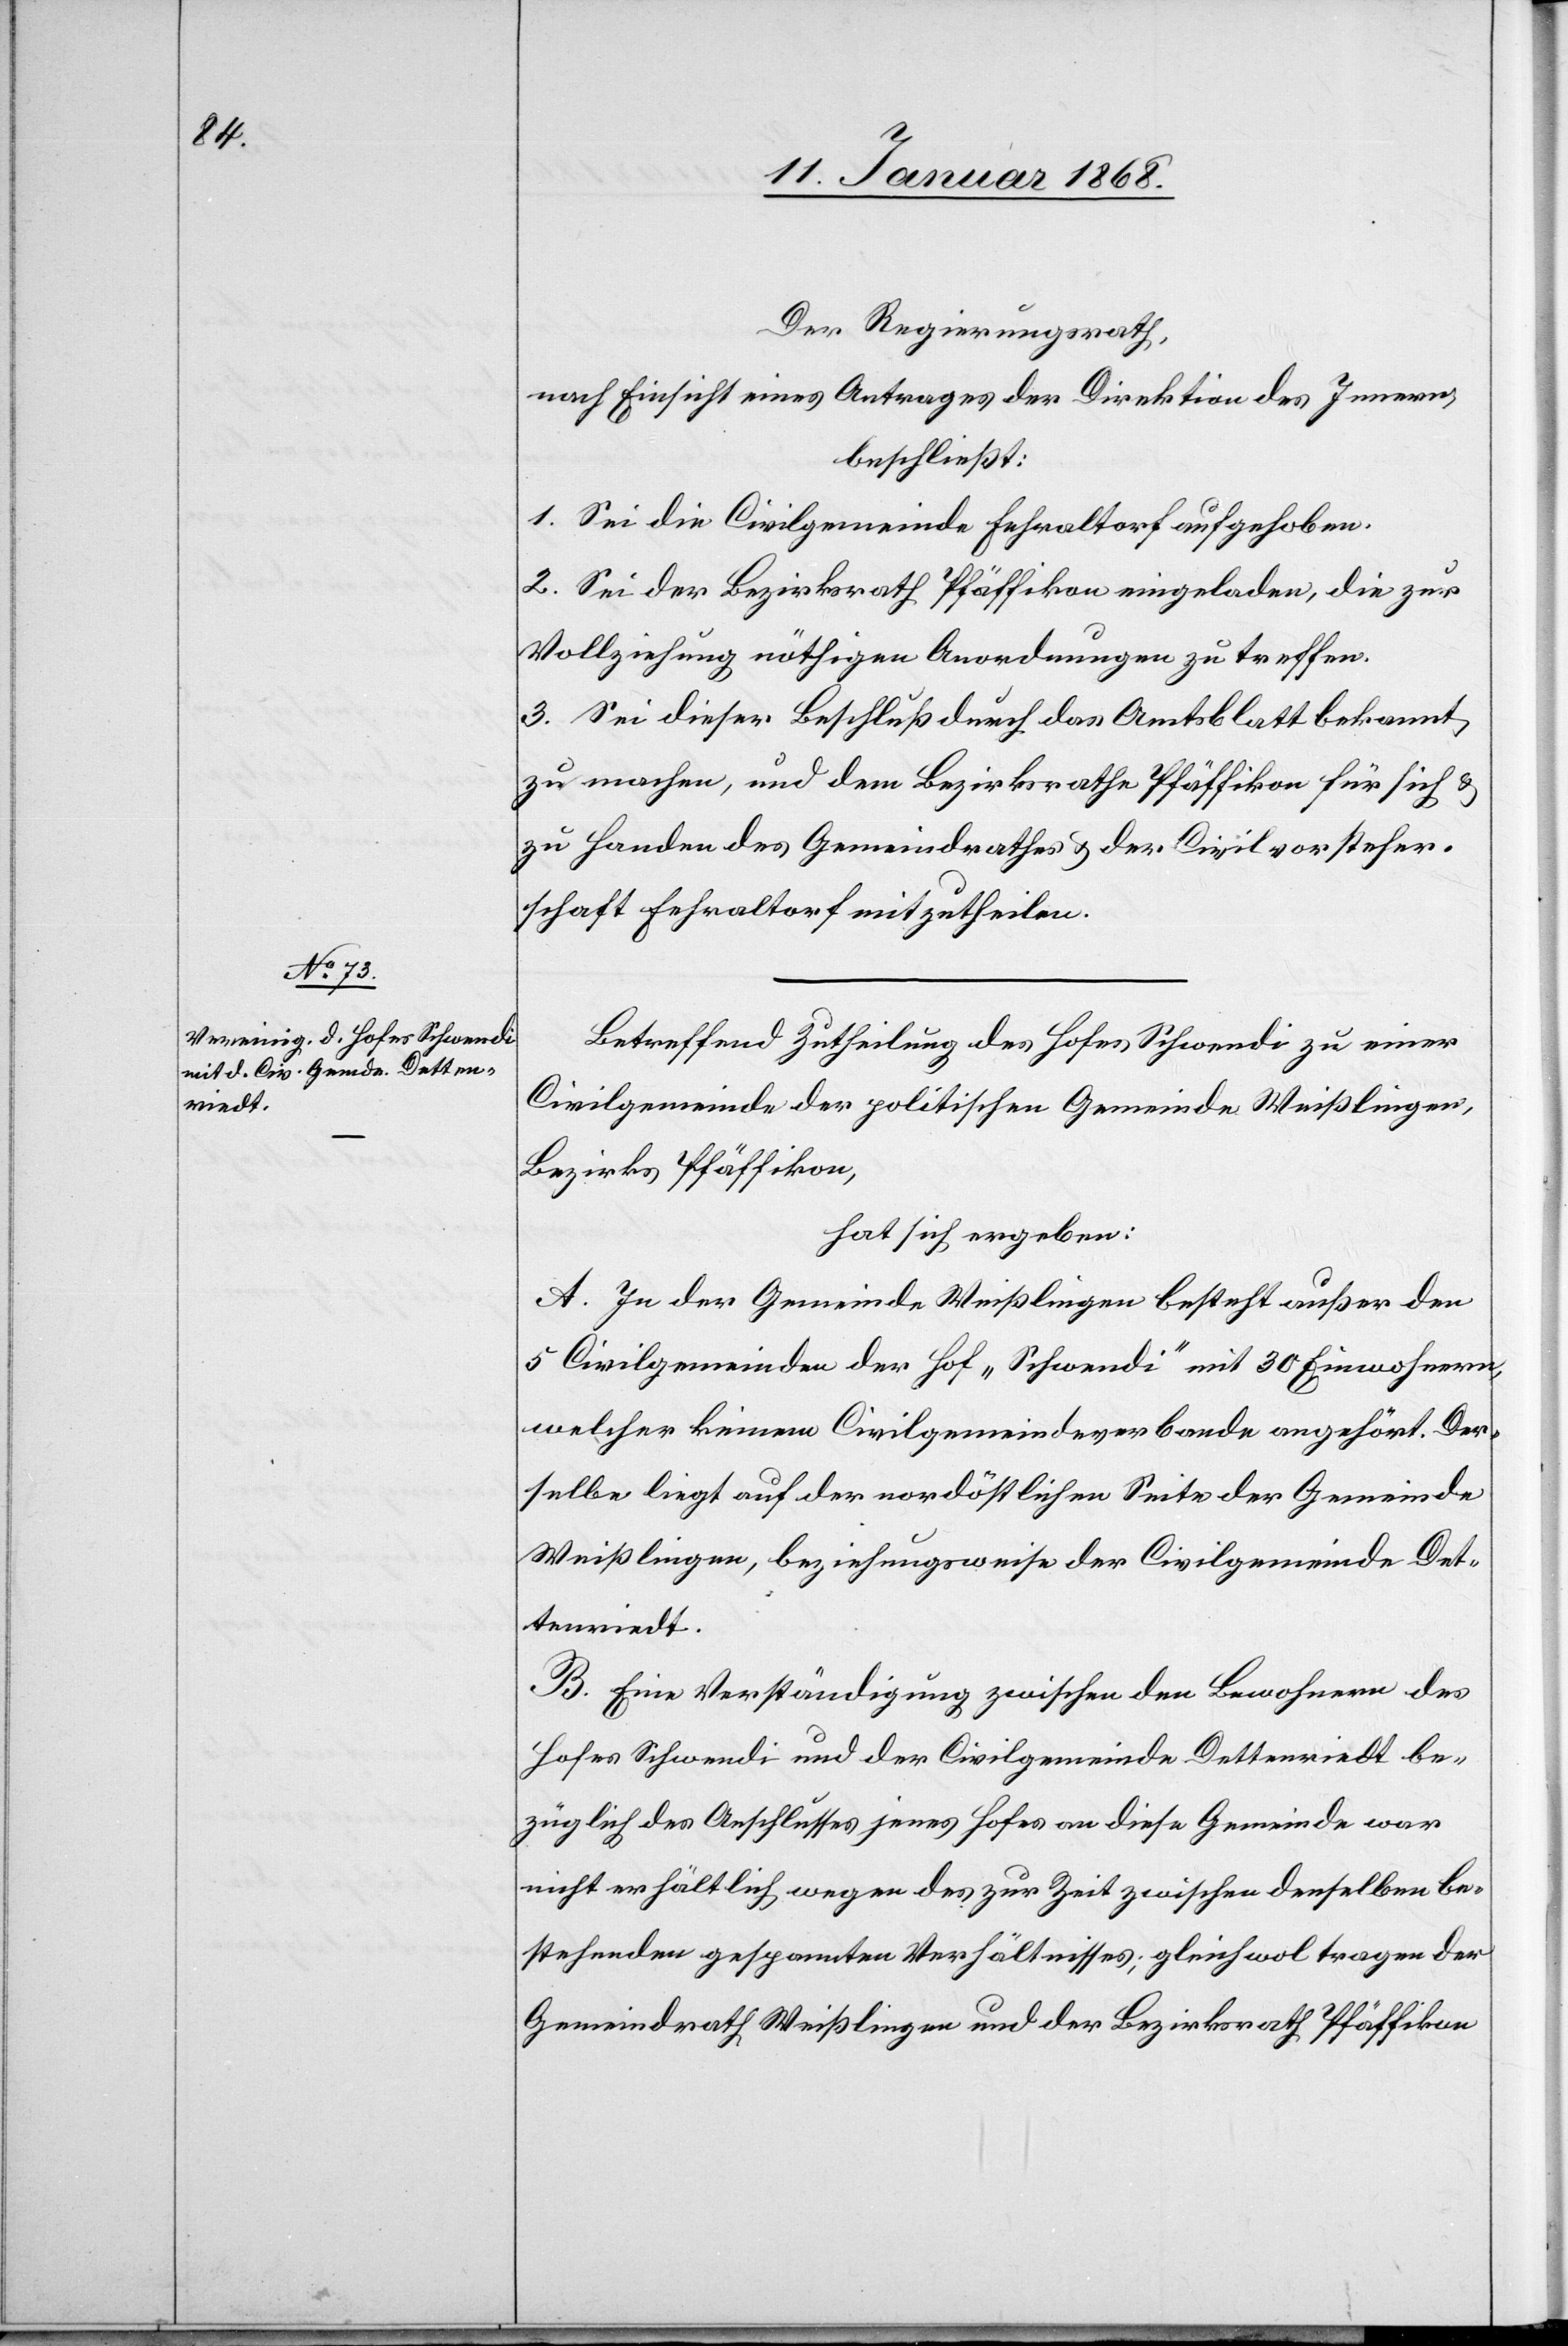
Der Regierungsrath,
nach Einsicht eines Antrages der Direktion des Innern,
beschließt:
1. Sei die Civilgemeinde Fehraltorf aufgehoben.
2. Sei der Bezirksrath Pfäffikon eingeladen, die zur
Vollziehung nöthigen Anordnungen zu treffen.
3. Sei dieser Beschluß durch das Amtsblatt bekannt
zu machen, und dem Bezirksrathe Pfäffikon für sich &
zu Handen des Gemeindrathes & der Civilvorsteher¬
schaft Fehraltorf mitzutheilen.
Betreffend Zutheilung des Hofes Schwendi zu einer
Civilgemeinde der politischen Gemeinde Weißlingen,
Bezirks Pfäffikon,
hat sich ergeben:
A. In der Gemeinde Weißlingen besteht außer den
5 Civilgemeinden der Hof „Schwendi“ mit 30 Einwohnern,
welcher keinem Civilgemeindeverbande angehört. Der¬
selbe liegt auf der nordöstlichen Seite der Gemeinde
Weißlingen, beziehungsweise der Civilgemeinde Det¬
tenriedt.
B. Eine Verständigung zwischen den Bewohnern des
Hofes Schwendi und der Civilgemeinde Dettenriedt be¬
züglich des Anschlusses jenes Hofes an diese Gemeinde war
nicht erhältlich wegen des zur Zeit zwischen denselben be¬
stehenden gespannten Verhältnisses; gleichwol tragen der
Gemeindrath Weißlingen und der Bezirksrath Pfäffikon